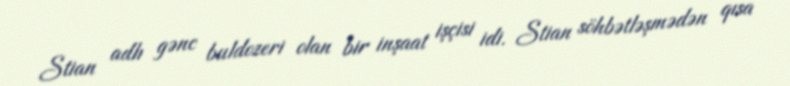
Stian adlı gənc buldozeri olan bir inşaat işçisi idi. Stian söhbətləşmədən qısa